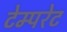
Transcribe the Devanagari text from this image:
टेम्‍परेट